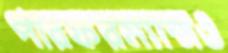
পারফরম্যান্সও